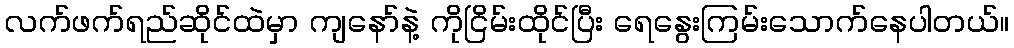
လက်ဖက်ရည်ဆိုင်ထဲမှာ ကျနော်နဲ့ ကိုငြိမ်းထိုင်ပြီး ရေနွေးကြမ်းသောက်နေပါတယ်။